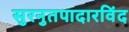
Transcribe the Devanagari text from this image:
सुरनुतपादारविंद